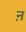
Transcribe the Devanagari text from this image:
ऩ